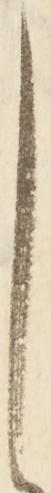
し